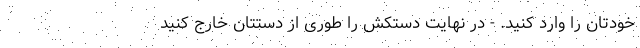
خودتان را وارد کنید. - در نهایت دستکش را طوری از دستتان خارج کنید